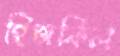
হিজকিল